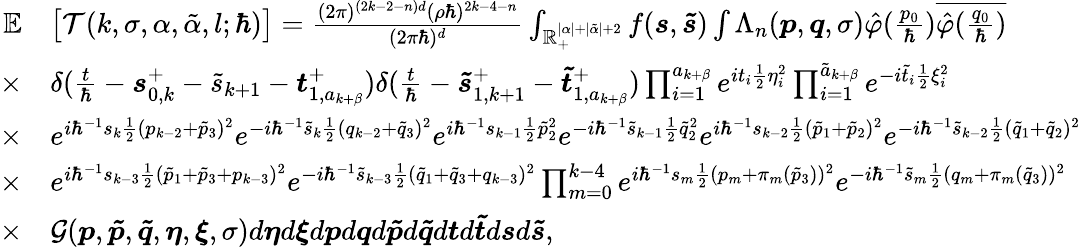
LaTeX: \begin{array}{rl}{\mathbb{E}}&{\big[\mathcal{T}(k,\sigma,\alpha,\tilde{\alpha},l;\hbar)\big]=\frac{(2\pi)^{(2k-2-n)d}(\rho\hbar)^{2k-4-n}}{(2\pi\hbar)^{d}}\int_{\mathbb{R}_{+}^{|\alpha|+|\tilde{\alpha}|+2}}f(\boldsymbol{s},\boldsymbol{\tilde{s}})\int\Lambda_{n}(\boldsymbol{p},\boldsymbol{q},\sigma)\hat{\varphi}(\frac{p_{0}}{\hbar})\overline{{\hat{\varphi}(\frac{q_{0}}{\hbar})}}}\\ {\times}&{\delta(\frac{t}{\hbar}-\boldsymbol{s}_{0,k}^{+}-\tilde{s}_{k+1}-\boldsymbol{t}_{1,a_{k+\beta}}^{+})\delta(\frac{t}{\hbar}-\boldsymbol{\tilde{s}}_{1,k+1}^{+}-\boldsymbol{\tilde{t}}_{1,a_{k+\beta}}^{+})\prod_{i=1}^{a_{k+\beta}}e^{it_{i}\frac{1}{2}\eta_{i}^{2}}\prod_{i=1}^{\tilde{a}_{k+\beta}}e^{-i\tilde{t}_{i}\frac{1}{2}\xi_{i}^{2}}}\\ {\times}&{e^{i\hbar^{-1}s_{k}\frac{1}{2}(p_{k-2}+\tilde{p}_{3})^{2}}e^{-i\hbar^{-1}\tilde{s}_{k}\frac{1}{2}(q_{k-2}+\tilde{q}_{3})^{2}}e^{i\hbar^{-1}s_{k-1}\frac{1}{2}\tilde{p}_{2}^{2}}e^{-i\hbar^{-1}\tilde{s}_{k-1}\frac{1}{2}\tilde{q}_{2}^{2}}e^{i\hbar^{-1}s_{k-2}\frac{1}{2}(\tilde{p}_{1}+\tilde{p}_{2})^{2}}e^{-i\hbar^{-1}\tilde{s}_{k-2}\frac{1}{2}(\tilde{q}_{1}+\tilde{q}_{2})^{2}}}\\ {\times}&{e^{i\hbar^{-1}s_{k-3}\frac{1}{2}(\tilde{p}_{1}+\tilde{p}_{3}+p_{k-3})^{2}}e^{-i\hbar^{-1}\tilde{s}_{k-3}\frac{1}{2}(\tilde{q}_{1}+\tilde{q}_{3}+q_{k-3})^{2}}\prod_{m=0}^{k-4}e^{i\hbar^{-1}s_{m}\frac{1}{2}(p_{m}+\pi_{m}(\tilde{p}_{3}))^{2}}e^{-i\hbar^{-1}\tilde{s}_{m}\frac{1}{2}(q_{m}+\pi_{m}(\tilde{q}_{3}))^{2}}}\\ {\times}&{\mathcal{G}(\boldsymbol{p},\boldsymbol{\tilde{p}},\boldsymbol{\tilde{q}},\boldsymbol{\eta},\boldsymbol{\xi},\sigma)d\boldsymbol{\eta}d\boldsymbol{\xi}d\boldsymbol{p}d\boldsymbol{q}d\boldsymbol{\tilde{p}}d\boldsymbol{\tilde{q}}d\boldsymbol{t}d\boldsymbol{\tilde{t}}d\boldsymbol{s}d\boldsymbol{\tilde{s}},}\end{array}